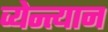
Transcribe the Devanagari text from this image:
व्येन्त्यान